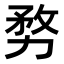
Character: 𭄶